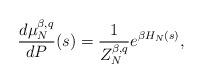
LaTeX: \begin{align*} \frac{d\mu_N^{\beta, q}}{dP}(s)=\frac{1}{Z_N^{\beta, q }} e^{\beta H_N(s)},\end{align*}